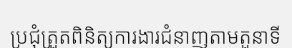
ប្រជុំត្រួតពិនិត្យការងារជំនាញតាមតួនាទី